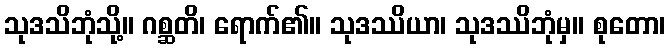
သုဒသိဘုံသို့။ ဂစ္ဆတိ၊ ရောက်၏။ သုဒဿိယာ၊ သုဒဿိဘုံမှ။ စုတော၊